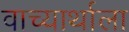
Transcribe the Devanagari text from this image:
वाच्यार्थाला